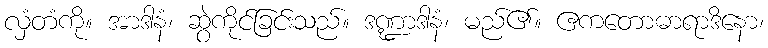
လှံတံကို။ အာဒါနံ၊ ဆွဲကိုင်ခြင်းသည်။ ဒဏ္ဍာဒါနံ၊ မည်၏။ ဧကတောဓာရာဒိနော၊